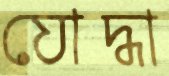
যোদ্ধা